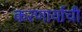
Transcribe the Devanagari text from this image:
करणार्याची